Plague in India, 1896, 1897 - Volume 2
Year: 1896
Disease focus: Plague
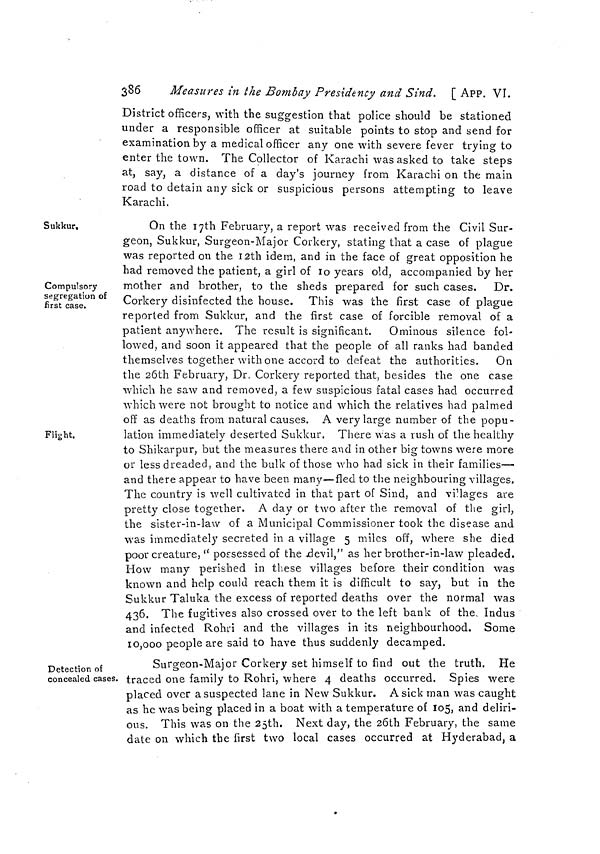
386
Measures in the Bombay Presidency and Sind. [ APP. VI.
District officers, with the suggestion that police should be stationed
under a responsible officer at suitable points to stop and send for
examination by a medical officer any one with severe fever trying to
enter the town. The Collector of Karachi was asked to take steps
at, say, a distance of a day's journey from Karachi on the main
road to detain any sick or suspicious persons attempting to leave
Karachi.
Sukkur,
On the 17th February, a report was received from the Civil Sur-
geon, Sukkur, Surgeon-Major Corkery, stating that a case of plague
was reported on the 12th idem, and in the face of great opposition he
had removed the patient, a girl of 10 years old, accompanied by her
Compulsory
Segregation of
first case.
mother and brother, to the sheds prepared for such cases. Dr.
Corkery disinfected the house. This was the first case of plague
reported from Sukkur, and the first case of forcible removal of a
patient anywhere. The result is significant. Ominous silence fol-
lowed, and soon it appeared that the people of all ranks had banded
themselves together with one accord to defeat the authorities. On
the 26th February, Dr. Corkery reported that, besides the one case
which he saw and removed, a few suspicious fatal cases had occurred
which were not brought to notice and which the relatives had palmed
off as deaths from natural causes. A very large number of the popu-
Flight.
lation immediately deserted Sukkur. There was a rush of the healthy
to Shikarpur, but the measures there and in other big towns were more
or less dreaded, and the bulk of those who had sick in their families—
and there appear to have been many—fled to the neighbouring villages.
The country is well cultivated in that part of Sind, and villages are
pretty close together. A day or two after the removal of the girl,
the sister-in-law of a Municipal Commissioner took the disease and
was immediately secreted in a village 5 miles off, where she died
poor creature, " possessed of the devil," as her brother-in-law pleaded.
How many perished in these villages before their condition was
known and help could reach them it is difficult to say, but in the
Sukkur Taluka the excess of reported deaths over the normal was
436. The fugitives also crossed over to the left bank of the, Indus
and infected Rohri and the villages in its neighbourhood. Some
10,000 people are said to have thus suddenly decamped.
Detection of
concealed cases.
Surgeon-Major Corkery set himself to find out the truth. He
traced one family to Rohri, where 4 deaths occurred. Spies were
placed over a suspected lane in New Sukkur. A sick man was caught
as he was being placed in a boat with a temperature of 105, and deliri-
ous. This was on the 25th. Next day, the 26th February, the same
date on which the first two local cases occurred at Hyderabad, a